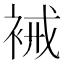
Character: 裓